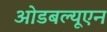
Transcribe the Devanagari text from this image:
ओडबल्यूएन